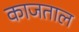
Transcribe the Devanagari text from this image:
काजताल